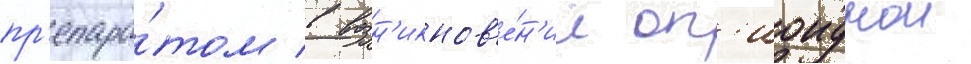
пр'епара́том в возн'икнов'е́н'ии оп'иоиднои